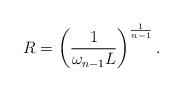
LaTeX: \begin{align*} R=\left(\frac{1}{\omega_{n-1}L}\right)^{\frac{1}{n-1}}.\end{align*}